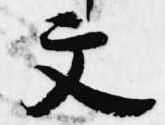
文